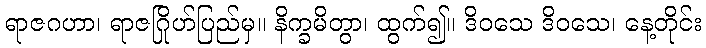
ရာဇဂဟာ၊ ရာဇဂြိုဟ်ပြည်မှ။ နိက္ခမိတွာ၊ ထွက်၍။ ဒိဝသေ ဒိဝသေ၊ နေ့တိုင်း